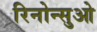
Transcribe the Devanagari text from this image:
रिनोन्सुओ